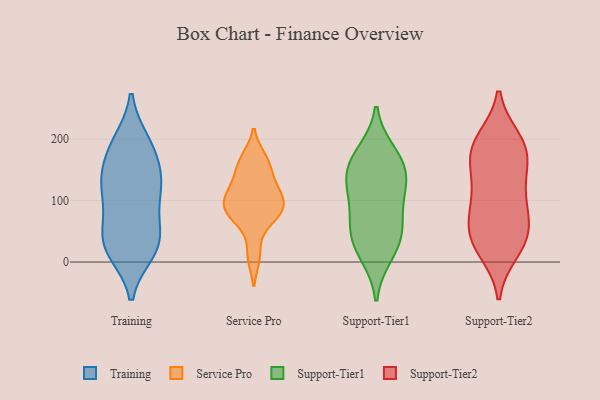
{"axis": {"x": "Humidity (%)", "y": "Value"}, "legend": ["Service Pro", "Support-Tier1", "Support-Tier2", "Training"], "data": [{"x": "", "y": 40, "type": "Training"}, {"x": "", "y": 24, "type": "Training"}, {"x": "", "y": 17, "type": "Training"}, {"x": "", "y": 192, "type": "Training"}, {"x": "", "y": 125, "type": "Training"}, {"x": "", "y": 105, "type": "Training"}, {"x": "", "y": 30, "type": "Training"}, {"x": "", "y": 130, "type": "Training"}, {"x": "", "y": 19, "type": "Training"}, {"x": "", "y": 131, "type": "Training"}, {"x": "", "y": 57, "type": "Training"}, {"x": "", "y": 162, "type": "Training"}, {"x": "", "y": 73, "type": "Training"}, {"x": "", "y": 195, "type": "Training"}, {"x": "", "y": 127, "type": "Training"}, {"x": "", "y": 186, "type": "Training"}, {"x": "", "y": 84, "type": "Service Pro"}, {"x": "", "y": 159, "type": "Service Pro"}, {"x": "", "y": 168, "type": "Service Pro"}, {"x": "", "y": 131, "type": "Service Pro"}, {"x": "", "y": 10, "type": "Service Pro"}, {"x": "", "y": 99, "type": "Service Pro"}, {"x": "", "y": 82, "type": "Service Pro"}, {"x": "", "y": 98, "type": "Service Pro"}, {"x": "", "y": 119, "type": "Service Pro"}, {"x": "", "y": 66, "type": "Service Pro"}, {"x": "", "y": 135, "type": "Support-Tier1"}, {"x": "", "y": 12, "type": "Support-Tier1"}, {"x": "", "y": 111, "type": "Support-Tier1"}, {"x": "", "y": 141, "type": "Support-Tier1"}, {"x": "", "y": 152, "type": "Support-Tier1"}, {"x": "", "y": 23, "type": "Support-Tier1"}, {"x": "", "y": 178, "type": "Support-Tier1"}, {"x": "", "y": 105, "type": "Support-Tier1"}, {"x": "", "y": 48, "type": "Support-Tier1"}, {"x": "", "y": 57, "type": "Support-Tier1"}, {"x": "", "y": 60, "type": "Support-Tier1"}, {"x": "", "y": 171, "type": "Support-Tier1"}, {"x": "", "y": 18, "type": "Support-Tier2"}, {"x": "", "y": 106, "type": "Support-Tier2"}, {"x": "", "y": 169, "type": "Support-Tier2"}, {"x": "", "y": 102, "type": "Support-Tier2"}, {"x": "", "y": 24, "type": "Support-Tier2"}, {"x": "", "y": 195, "type": "Support-Tier2"}, {"x": "", "y": 150, "type": "Support-Tier2"}, {"x": "", "y": 111, "type": "Support-Tier2"}, {"x": "", "y": 160, "type": "Support-Tier2"}, {"x": "", "y": 61, "type": "Support-Tier2"}, {"x": "", "y": 182, "type": "Support-Tier2"}, {"x": "", "y": 33, "type": "Support-Tier2"}, {"x": "", "y": 74, "type": "Support-Tier2"}, {"x": "", "y": 44, "type": "Support-Tier2"}, {"x": "", "y": 199, "type": "Support-Tier2"}, {"x": "", "y": 52, "type": "Support-Tier2"}, {"x": "", "y": 193, "type": "Support-Tier2"}]}